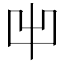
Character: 𠚆